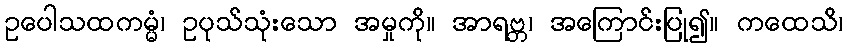
ဥပေါသထကမ္မံ၊ ဥပုသ်သုံးသော အမှုကို။ အာရဗ္ဘ၊ အကြောင်းပြု၍။ ကထေသိ၊